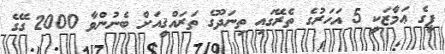
ޕީގެ ޢަމާޒަކީ 5 އަހަރުގެ ތެރޭގައި ތިނަދޫގެ ތަރައްޤީއަށް ބެނުންވާ 2000 ގޭގެ